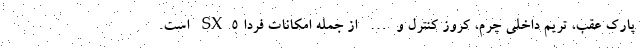
پارک عقب، تریم داخلی چرم، کروز کنترل و… از جمله امکانات فردا SX5 است.